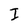
Character: I